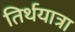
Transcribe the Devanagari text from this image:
तिर्थयात्रा